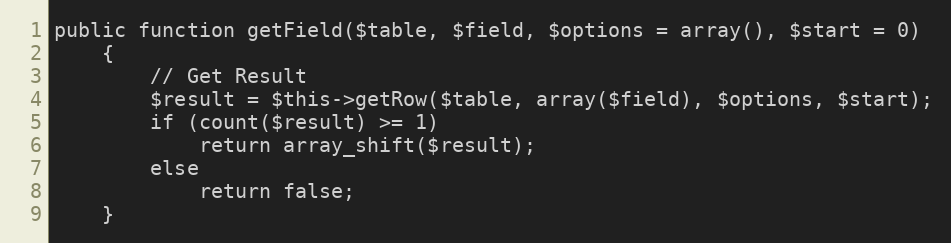
Language: PHP
public function getField($table, $field, $options = array(), $start = 0)
    {
        // Get Result
        $result = $this->getRow($table, array($field), $options, $start);
        if (count($result) >= 1)
            return array_shift($result);
        else
            return false;
    }